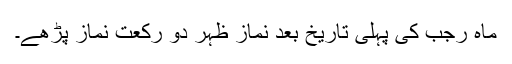
ماہ رجب کی پہلی تاریخ بعد نماز ظہر دو رکعت نماز پڑھے۔